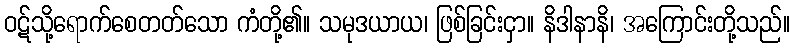
ဝဋ်သို့ရောက်စေတတ်သော ကံတို့၏။ သမုဒယာယ၊ ဖြစ်ခြင်းငှာ။ နိဒါနာနိ၊ အကြောင်းတို့သည်။